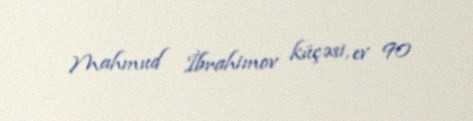
Mahmud İbrahimov küçəsi, ev 90